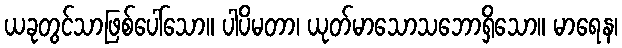
ယခုတွင်သာဖြစ်ပေါ်သော။ ပါပိမတာ၊ ယုတ်မာသောသဘောရှိသော။ မာရေန၊